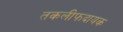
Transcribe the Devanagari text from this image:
तकलीफदायक